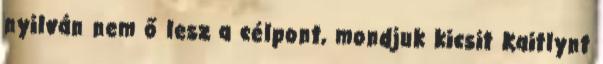
nyilván nem ő lesz a célpont, mondjuk kicsit Kaitlynt